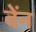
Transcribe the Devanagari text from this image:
वेंन